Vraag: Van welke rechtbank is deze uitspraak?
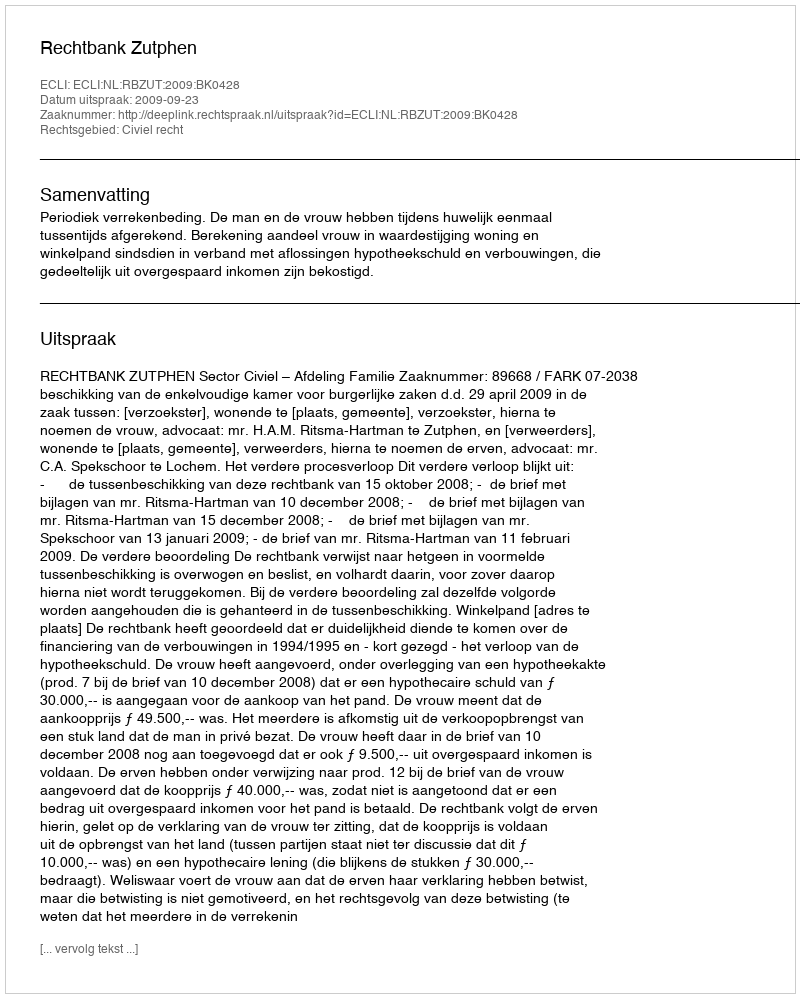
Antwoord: Rechtbank Zutphen